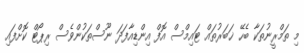
މި ތަމްރީނުތަކާ ބެހޭ ޚަބަރުތައް ޓައިމްސް އޮފް އިންޑިއާފަދަ ނޫސްތަކުންވެސް ރިޕޯޓް ކޮށްފައި